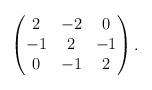
LaTeX: \begin{align*}\begin{pmatrix} 2&-2&0\\ -1&2&-1\\ 0&-1&2\end{pmatrix}.\end{align*}